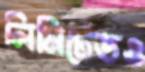
লিমিটেডও